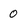
Character: 0